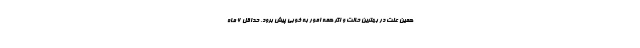
همین علت در بهترین حالت و اگر همه امور به خوبی پیش برود، حداقل ۶ ماه